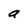
Character: a